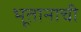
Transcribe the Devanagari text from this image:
भूतानाची